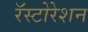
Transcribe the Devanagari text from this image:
रॅस्टोरेशन